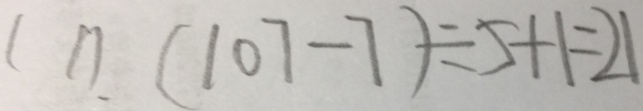
( 1 ) ( 1 0 7 - 7 ) \div 5 + 1 = 2 1